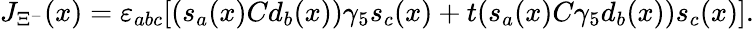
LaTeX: J_{\Xi^{-}}(x)=\varepsilon_{abc}[(s_{a}(x)Cd_{b}(x))\gamma_{5}s_{c}(x)+t(s_{a}(x)C\gamma_{5}d_{b}(x))s_{c}(x)].